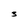
Character: 3